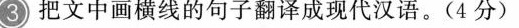
3 把文中画横线的句子翻译成现代汉语。(4分)